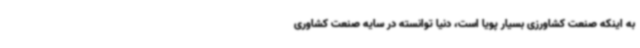
به اینکه صنعت کشاورزی بسیار پویا است، دنیا توانسته در سایه صنعت کشاوری